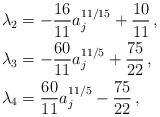
\begin{align*}\lambda_2&=-\frac{16}{11}a_j^{11/15}+\frac{10}{11}\,,\\\lambda_3&=-\frac{60}{11}a_j^{11/5}+\frac{75}{22}\,,\\\lambda_4&=\frac{60}{11}a_j^{11/5}-\frac{75}{22}\,,\end{align*}